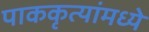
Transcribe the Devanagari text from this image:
पाककृत्यांमध्ये